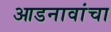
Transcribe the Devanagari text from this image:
आडनावांचा